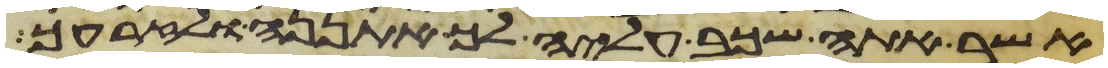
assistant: אשר אתה שכב עליה לך אתננה ולזרעך